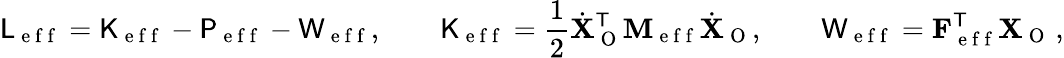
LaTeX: \mathsf{L}_{\mathrm{~e~f~f~}}=\mathsf{K}_{\mathrm{~e~f~f~}}-\mathsf{P}_{\mathrm{~e~f~f~}}-\mathsf{W}_{\mathrm{~e~f~f~}},\qquad\mathsf{K}_{\mathrm{~e~f~f~}}=\frac{1}{2}\dot{\mathbf{X}}_{\mathrm{~O~}}^{\mathsf{T}}\mathbf{M}_{\mathrm{~e~f~f~}}\dot{\mathbf{X}}_{\mathrm{~O~}},\qquad\mathsf{W}_{\mathrm{~e~f~f~}}=\mathbf{F}_{\mathrm{~e~f~f~}}^{\mathsf{T}}\mathbf{X}_{\mathrm{~O~}}\, ,